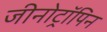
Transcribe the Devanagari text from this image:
जीनोट्रॉपिन